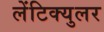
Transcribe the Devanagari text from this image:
लेंटिक्युलर